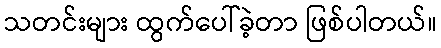
သတင်းများ ထွက်ပေါ်ခဲ့တာ ဖြစ်ပါတယ်။